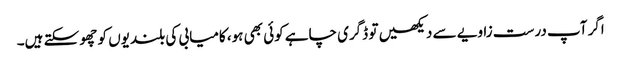
اگر آپ درست زاویے سے دیکھیں تو ڈگری چاہے کوئی بھی ہو، کامیابی کی بلندیوں کو چھو سکتے ہیں۔